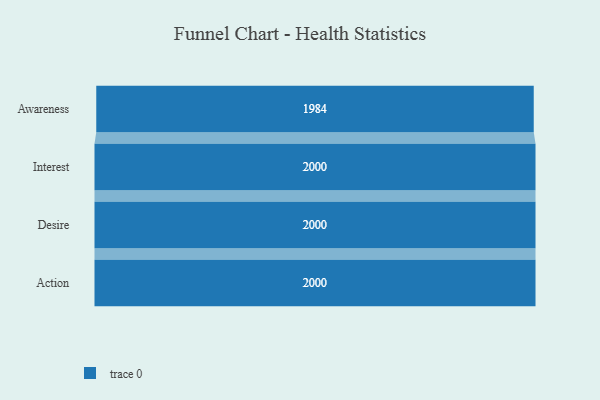
{"axis": {"x": "Stage", "y": "Value"}, "legend": [""], "data": [{"x": "Awareness", "y": 1984.0, "type": ""}, {"x": "Interest", "y": 2000, "type": ""}, {"x": "Desire", "y": 2000, "type": ""}, {"x": "Action", "y": 2000, "type": ""}]}